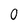
Character: 0